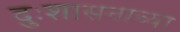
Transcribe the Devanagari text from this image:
दुःशासनाच्या